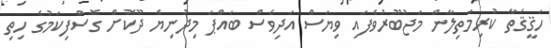
ހަޤީޤަތާ ކުރިމަތިލާން މަޖުބޫރުވެފައި ވިޔަސް އަދިވެސް ބައްޕަ މިދުނިޔެ ދޫކޮށް ގޮސްފިކަމުގެ ހިތި